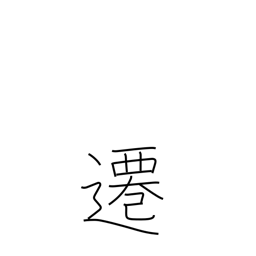
Meaning: move